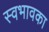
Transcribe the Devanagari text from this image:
स्वभावका